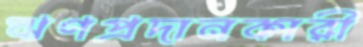
ঋণপ্রদানকারী